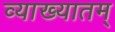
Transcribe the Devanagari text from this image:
व्याख्यातम्